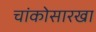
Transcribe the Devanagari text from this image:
चांकोसारखा